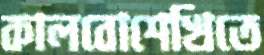
কালবোশেখিতে